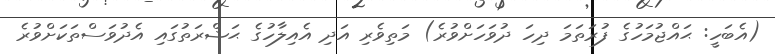
(އެބަހީ: ޙައްޖުމަހުގެ ފުރަތަމަ ދިހަ ދުވަހަށްވުރެ) މަތިވެރި އަދި އެއިލާހުގެ ޙަޟްރަތުގައި އެދުވަސްތަކަށްވުރެ